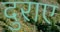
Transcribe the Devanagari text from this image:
दुराए